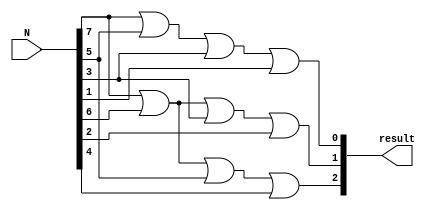

module reverse_decypher(
    input [7:0] N,
    output [2:0] result
);  

    assign result[0] = N[7] | N[5] | N[3] | N[1];
    assign result[1] = N[7] | N[6] | N[3] | N[2];
    assign result[2] = N[7] | N[6] | N[5] | N[4];


endmodule